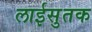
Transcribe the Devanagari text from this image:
लाईसुतक